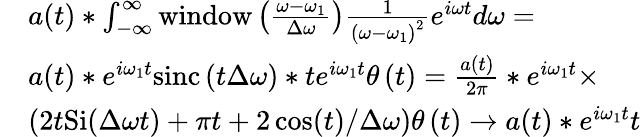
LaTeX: \begin{array}{rl}&{a(t)*\intop_{-\infty}^{\infty}\mathrm{window}\left(\frac{\omega-\omega_{1}}{\Delta\omega}\right)\frac{1}{\left(\omega-\omega_{1}\right)^{2}}e^{i\omega t}d\omega=}\\ &{a(t)*e^{i\omega_{1}t}\mathrm{sinc}\left(t\Delta\omega\right)*te^{i\omega_{1}t}\theta\left(t\right)=\frac{a(t)}{2\pi}*e^{i\omega_{1}t}\times}\\ &{\left(2t\mathrm{Si}(\Delta\omega t)+\pi t+2\cos(t)/\Delta\omega\right)\theta\left(t\right)\rightarrow a(t)*e^{i\omega_{1}t}t}\end{array}